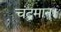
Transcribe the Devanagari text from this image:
चंद्रमान।